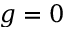
g = 0